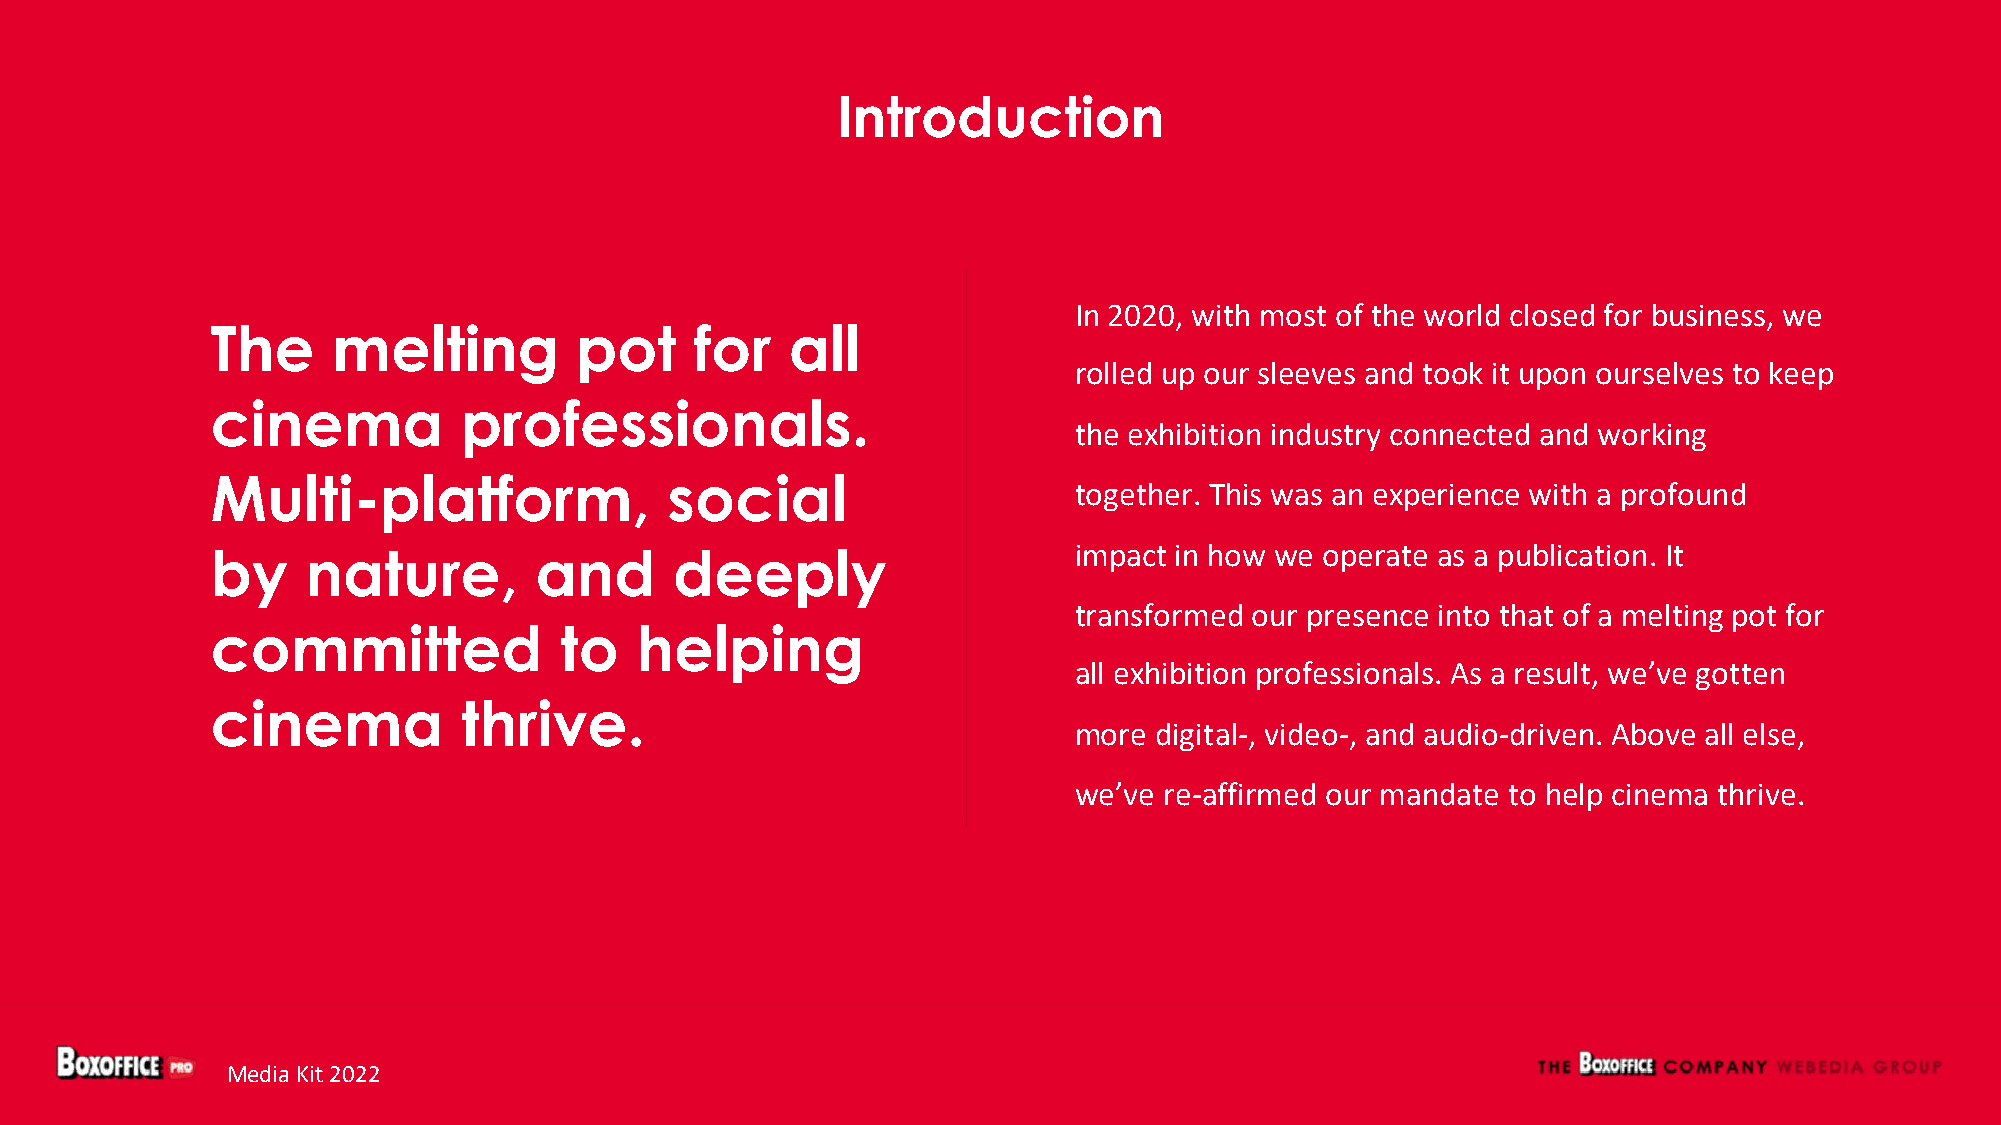
Introduction
 In 2020, with most of the world closed for business, we
 The     melting         pot     for   all
 rolled up our sleeves and took it upon ourselves to keep
 cinema           professionals.
 the exhibition industry connected and working
 Multi-platform,               social
 together. This was an experience with a profound
 by    nature,        and       deeply                    impact in how we operate as a publication. It
 transformed our presence into that of a melting pot for
 committed              to   helping
 all exhibition professionals. As a result, we’ve gotten
 cinema           thrive.
 more digital-, video-, and audio-driven. Above all else,
 we’ve re-affirmed our mandate to help cinema thrive.
 Media Kit 2022